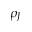
\rho _ { J }